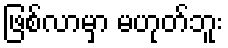
ဖြစ်လာမှာ မဟုတ်ဘူး